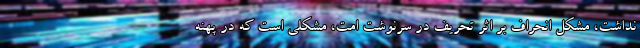
نداشت، مشکل انحراف بر اثر تحریف در سرنوشت امت، مشکلی است که در پهنه